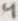
Text: 4